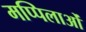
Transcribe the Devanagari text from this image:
मप्पिलाओं